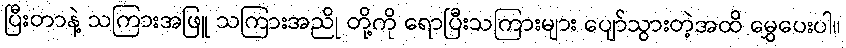
ပြီးတာနဲ့ သကြားအဖြူ သကြားအညို တို့ကို ရောပြီးသကြားများ ပျော်သွားတဲ့အထိ မွှေပေးပါ။